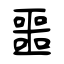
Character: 噩